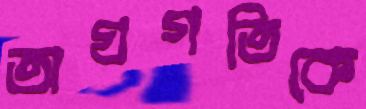
অগ্রগতিকে